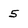
Character: 5